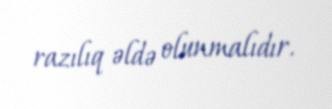
razılıq əldə olunmalıdır.